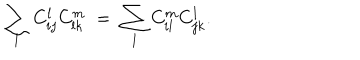
\sum _ { l } C _ { i j } ^ { l } C _ { l k } ^ { m } \; = \; \sum _ { l } C _ { i l } ^ { m } C _ { j k } ^ { l } .